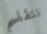
نتقاسم